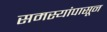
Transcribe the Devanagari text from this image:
समस्यांपासून